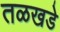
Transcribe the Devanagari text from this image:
तळखडे